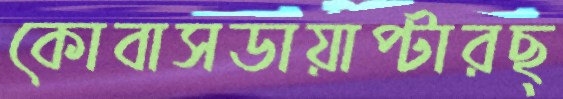
কোবাসডায়াপ্টারছ্